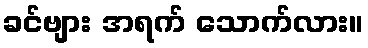
ခင်ဗျား အရက် သောက်လား။